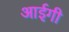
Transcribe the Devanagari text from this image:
आईगी